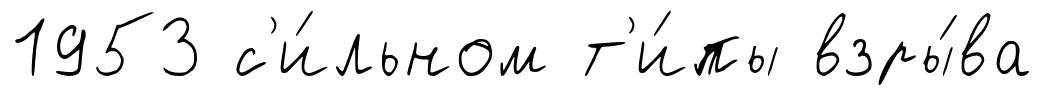
1953 с'и́льном т'и́пы взры́ва